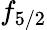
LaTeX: f_{5/2}